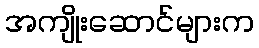
အကျိုးဆောင်များက